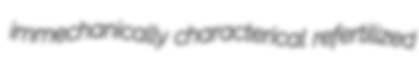
immechanically characterical refertilized